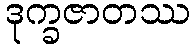
ဒုက္ခဇာတဿ